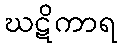
ဃဋိကာရ